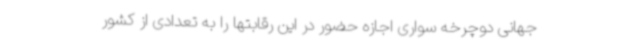
جهانی دوچرخه سواری اجازه حضور در این رقابتها را به تعدادی از کشور